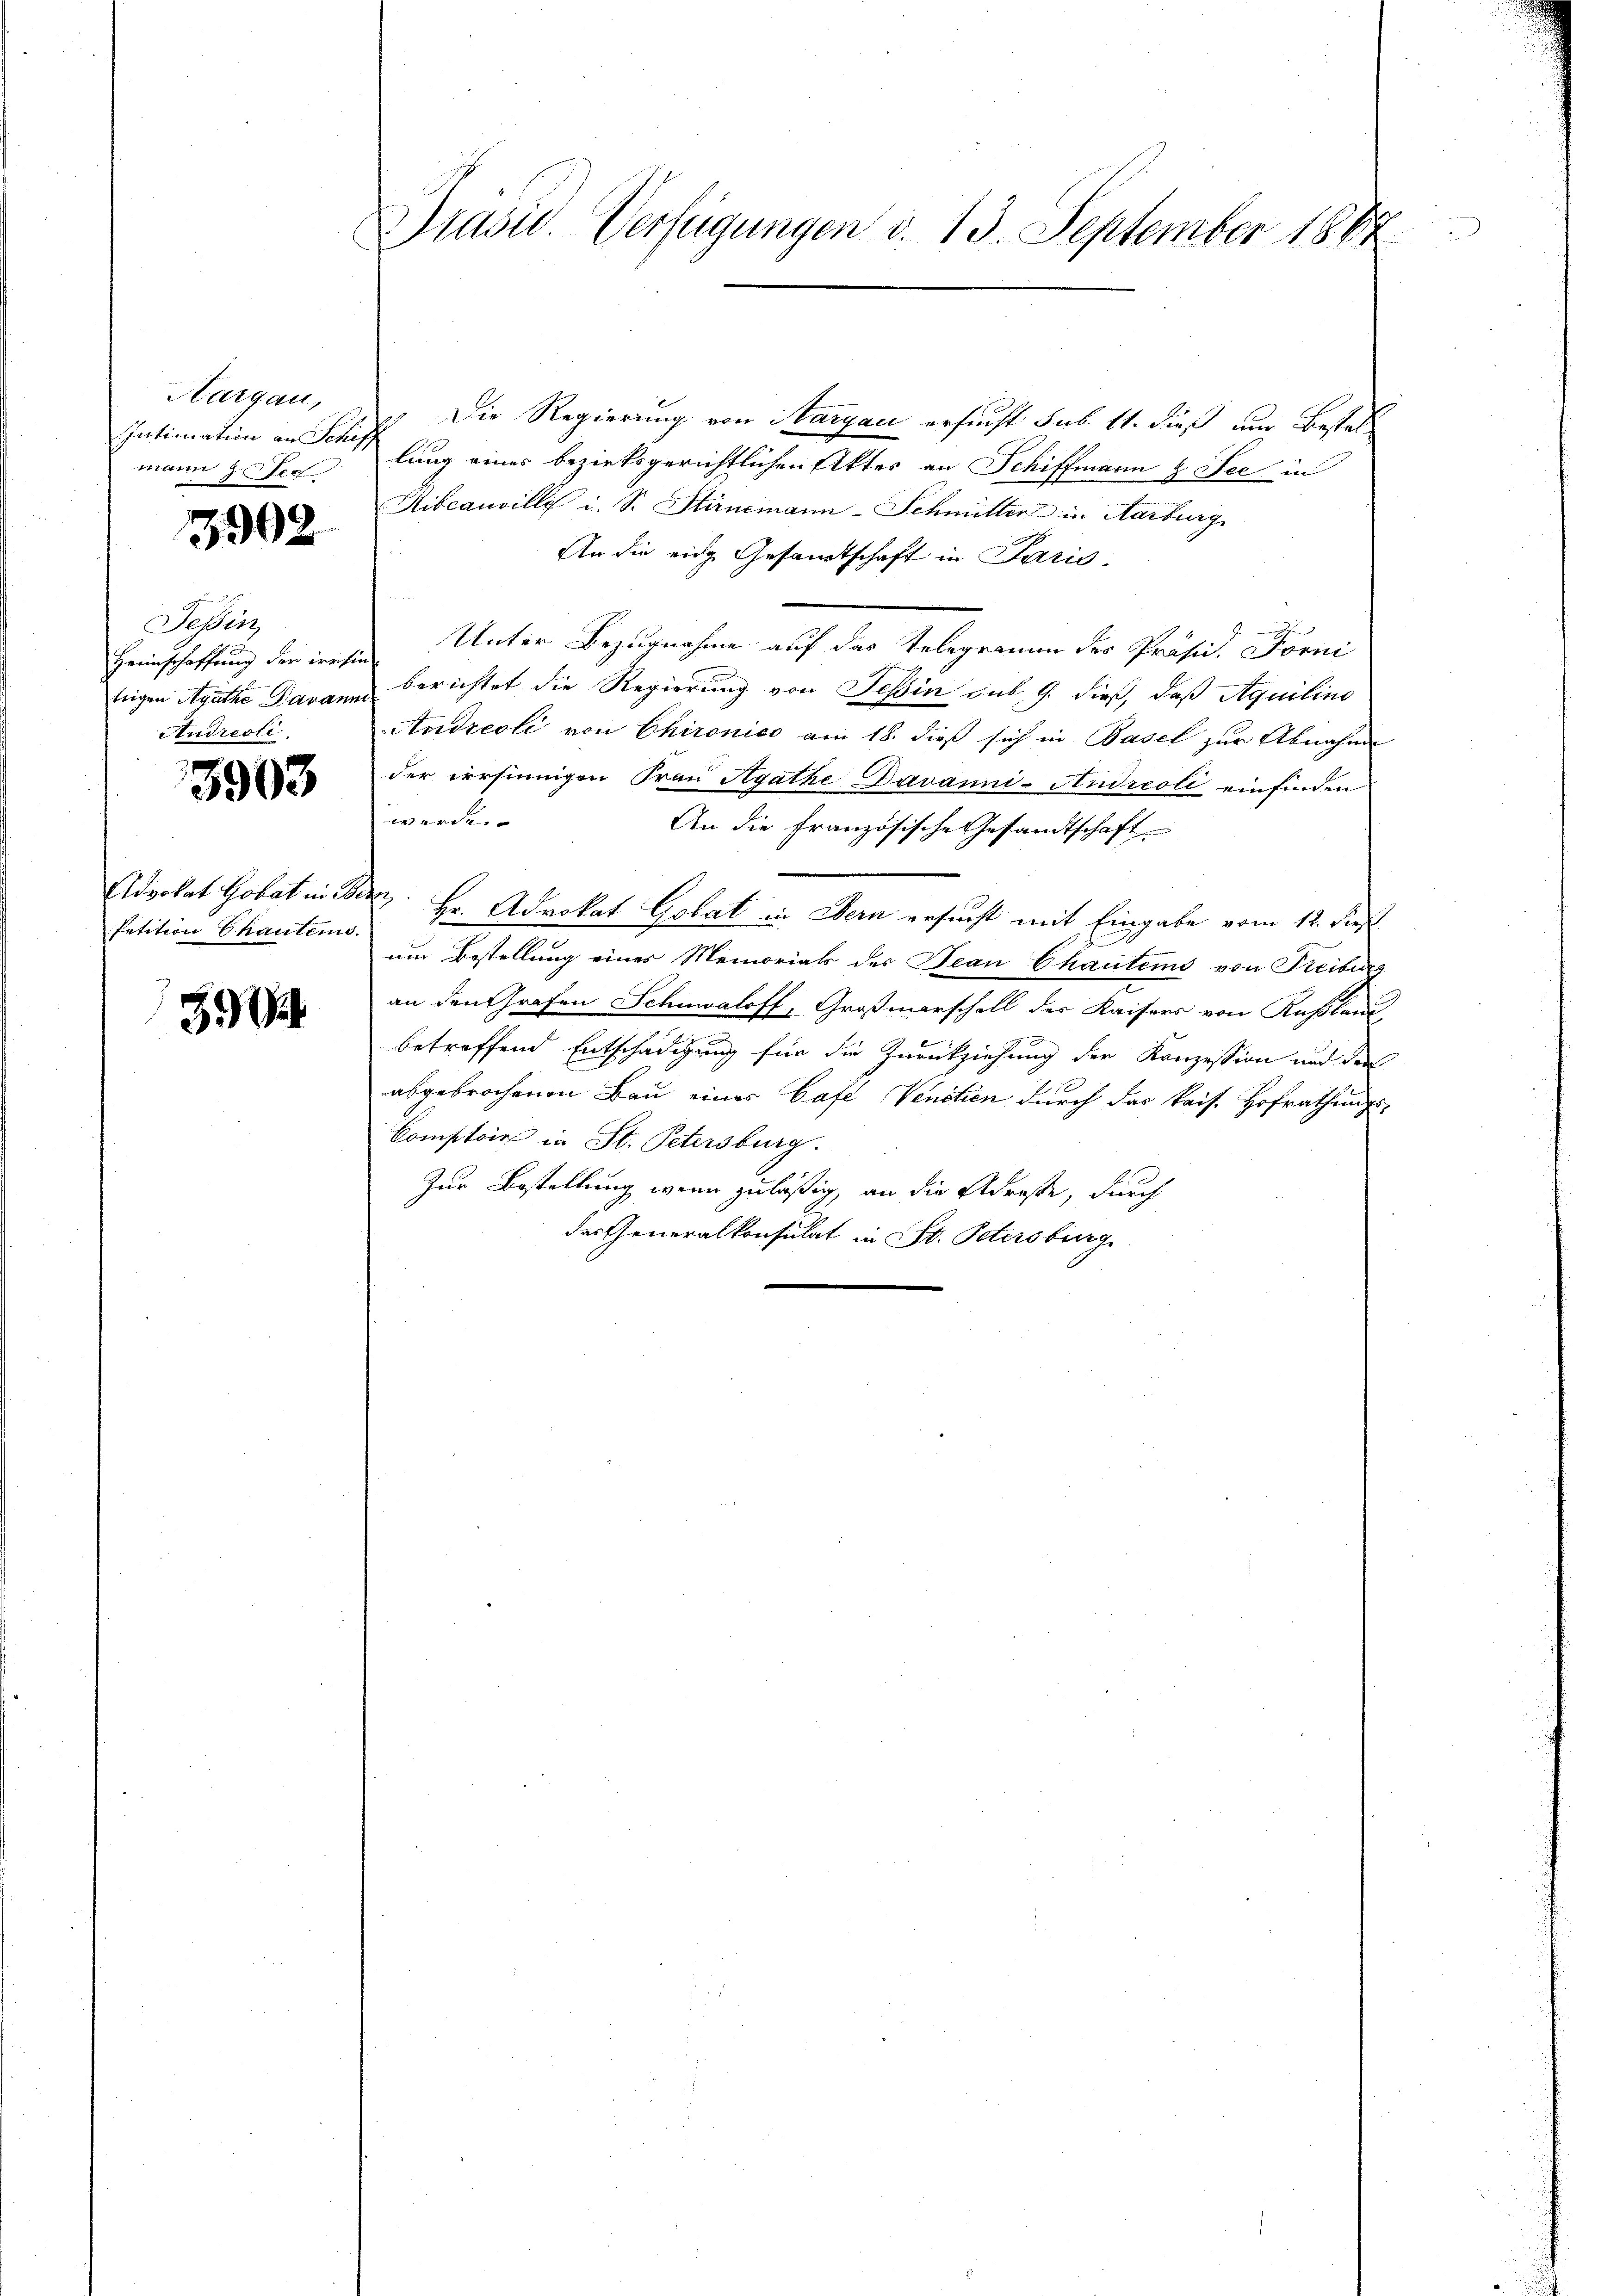
Hargau,
mann zu Ver

3302

Tessin,
Andrecli

3903

Petition Chauters.

3904

Prasid. Verfügungen d. 13. September 1864.

Die Regierung von Aargau ersucht sub 11. dieß um Bestal
Intimation an Schiff hung eines bezirksgerichtlichen Aktes an Schiffmann z. See in
Hibeauvillg i. S. Stirnemann-Schmitter in Aarburg
An die eidg. Gesamtschaft in Paris
.
Heimschaffung der wesen Unter Bezugnahme auf das Telegramm des Präsid. Forni
teigen Agathe Daran berichtet die Regierung von Tessin sub 9. dieß, daß Aquilino
Andreoli von Chironico am 18. dieß sich in Basel zur Abnahme
der irrsinnigen Frau Agathe Davanni- Andreoli einfinden
xxx
An die französische Gesandtschaft
Advokat Gobat in Berz: Hr. Advokat Gobat in Bern ersucht mit Eingabe vom 12. Sep
um Bestellung eines Memorials des Jean Chautems von Freiburg
an den Grafen Schnaloff, Großmarschall der Kaisers von Rußland,
betreffend Entschädigung für die Zurückziehung der Konzession und der
abgebrochenen Bau eines Cafe Venetien durch das kais. Hofrathungs-
Comptoir in St. Petersburg.
Zur Bestellung wenn zuläßig, an die Adresse, durch
des Generalkonsulat in St. Petersburg